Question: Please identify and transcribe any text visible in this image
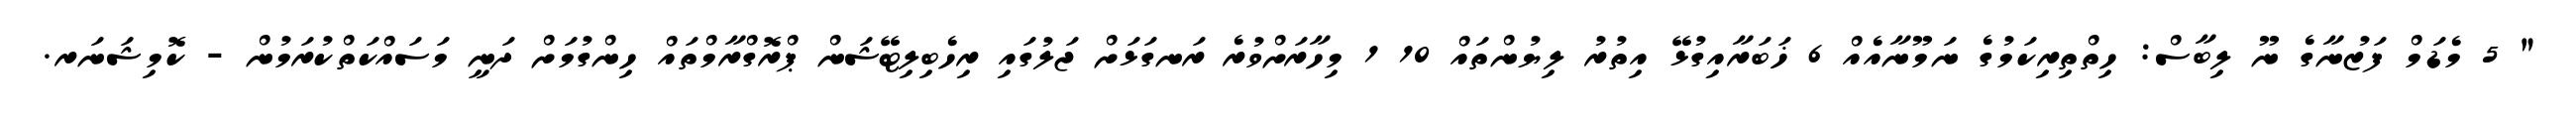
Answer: " 5 މެޑަމް ފަޒުނާގެ ނޫ ލިބާސް: ހިތްތިރިކަމުގެ ނަމޫނާއެއް 6 ޚަބަރާއިގުޅޭ އިތުރު ލިޔުންތައް 10 1 މިހާރަށްވުރެ ރަނގަޅަށް ޖަލުގައި ރިހެބިލިޓޭޝަން ޕްރޮގްރާމްތައް ހިންގުމަށް ދަނީ މަސައްކަތްކުރަމުން - ކޮމިޝަނަރ.